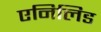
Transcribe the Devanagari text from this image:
एनिलिड